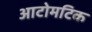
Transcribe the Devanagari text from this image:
आटोमटिक